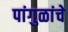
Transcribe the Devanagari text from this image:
पांगुळांचे